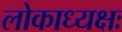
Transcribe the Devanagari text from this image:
लोकाध्यक्षः